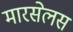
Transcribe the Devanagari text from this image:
मारसेलस